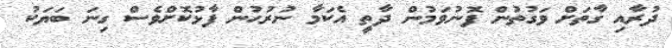
ދުރާއި ގާތަށް ވަގުތުން ފޮނުވަމުން ދާތީ އެކަމާ ނުރުހުން ފާޅުކޮށްވެސް ގިނަ ބަޔަކު